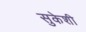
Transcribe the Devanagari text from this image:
सुकेशी